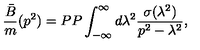
{ \frac { \bar { B } } { m } } ( p ^ { 2 } ) = P P \int _ { - \infty } ^ { \infty } d \lambda ^ { 2 } { \frac { \sigma ( \lambda ^ { 2 } ) } { p ^ { 2 } - \lambda ^ { 2 } } } ,